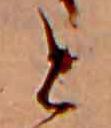
と